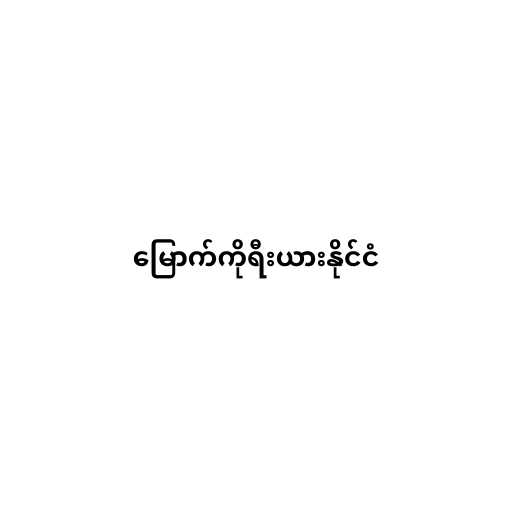
မြောက်ကိုရီးယားနိုင်ငံ